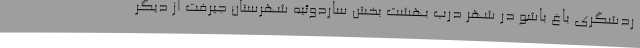
ردشگری باغ باشو در شهر درب بهشت بخش ساردوئیه شهرستان جیرفت از دیگر